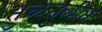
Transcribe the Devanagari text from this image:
तुळतुळीत